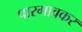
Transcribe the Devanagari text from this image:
पारगावकर